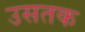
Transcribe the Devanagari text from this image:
उसतक